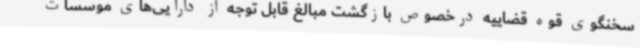
سخنگوی قوه قضاییه درخصوص بازگشت مبالغ قابل توجه از دارایی‌های موسسات